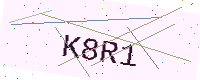
Text: K8R1